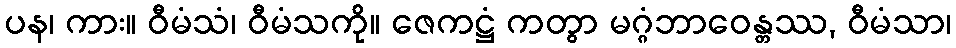
ပန၊ ကား။ ဝီမံသံ၊ ဝီမံသကို။ ဇေကဋ္ဌံ ကတွာ မဂ္ဂံဘာဝေန္တဿ, ဝီမံသာ၊